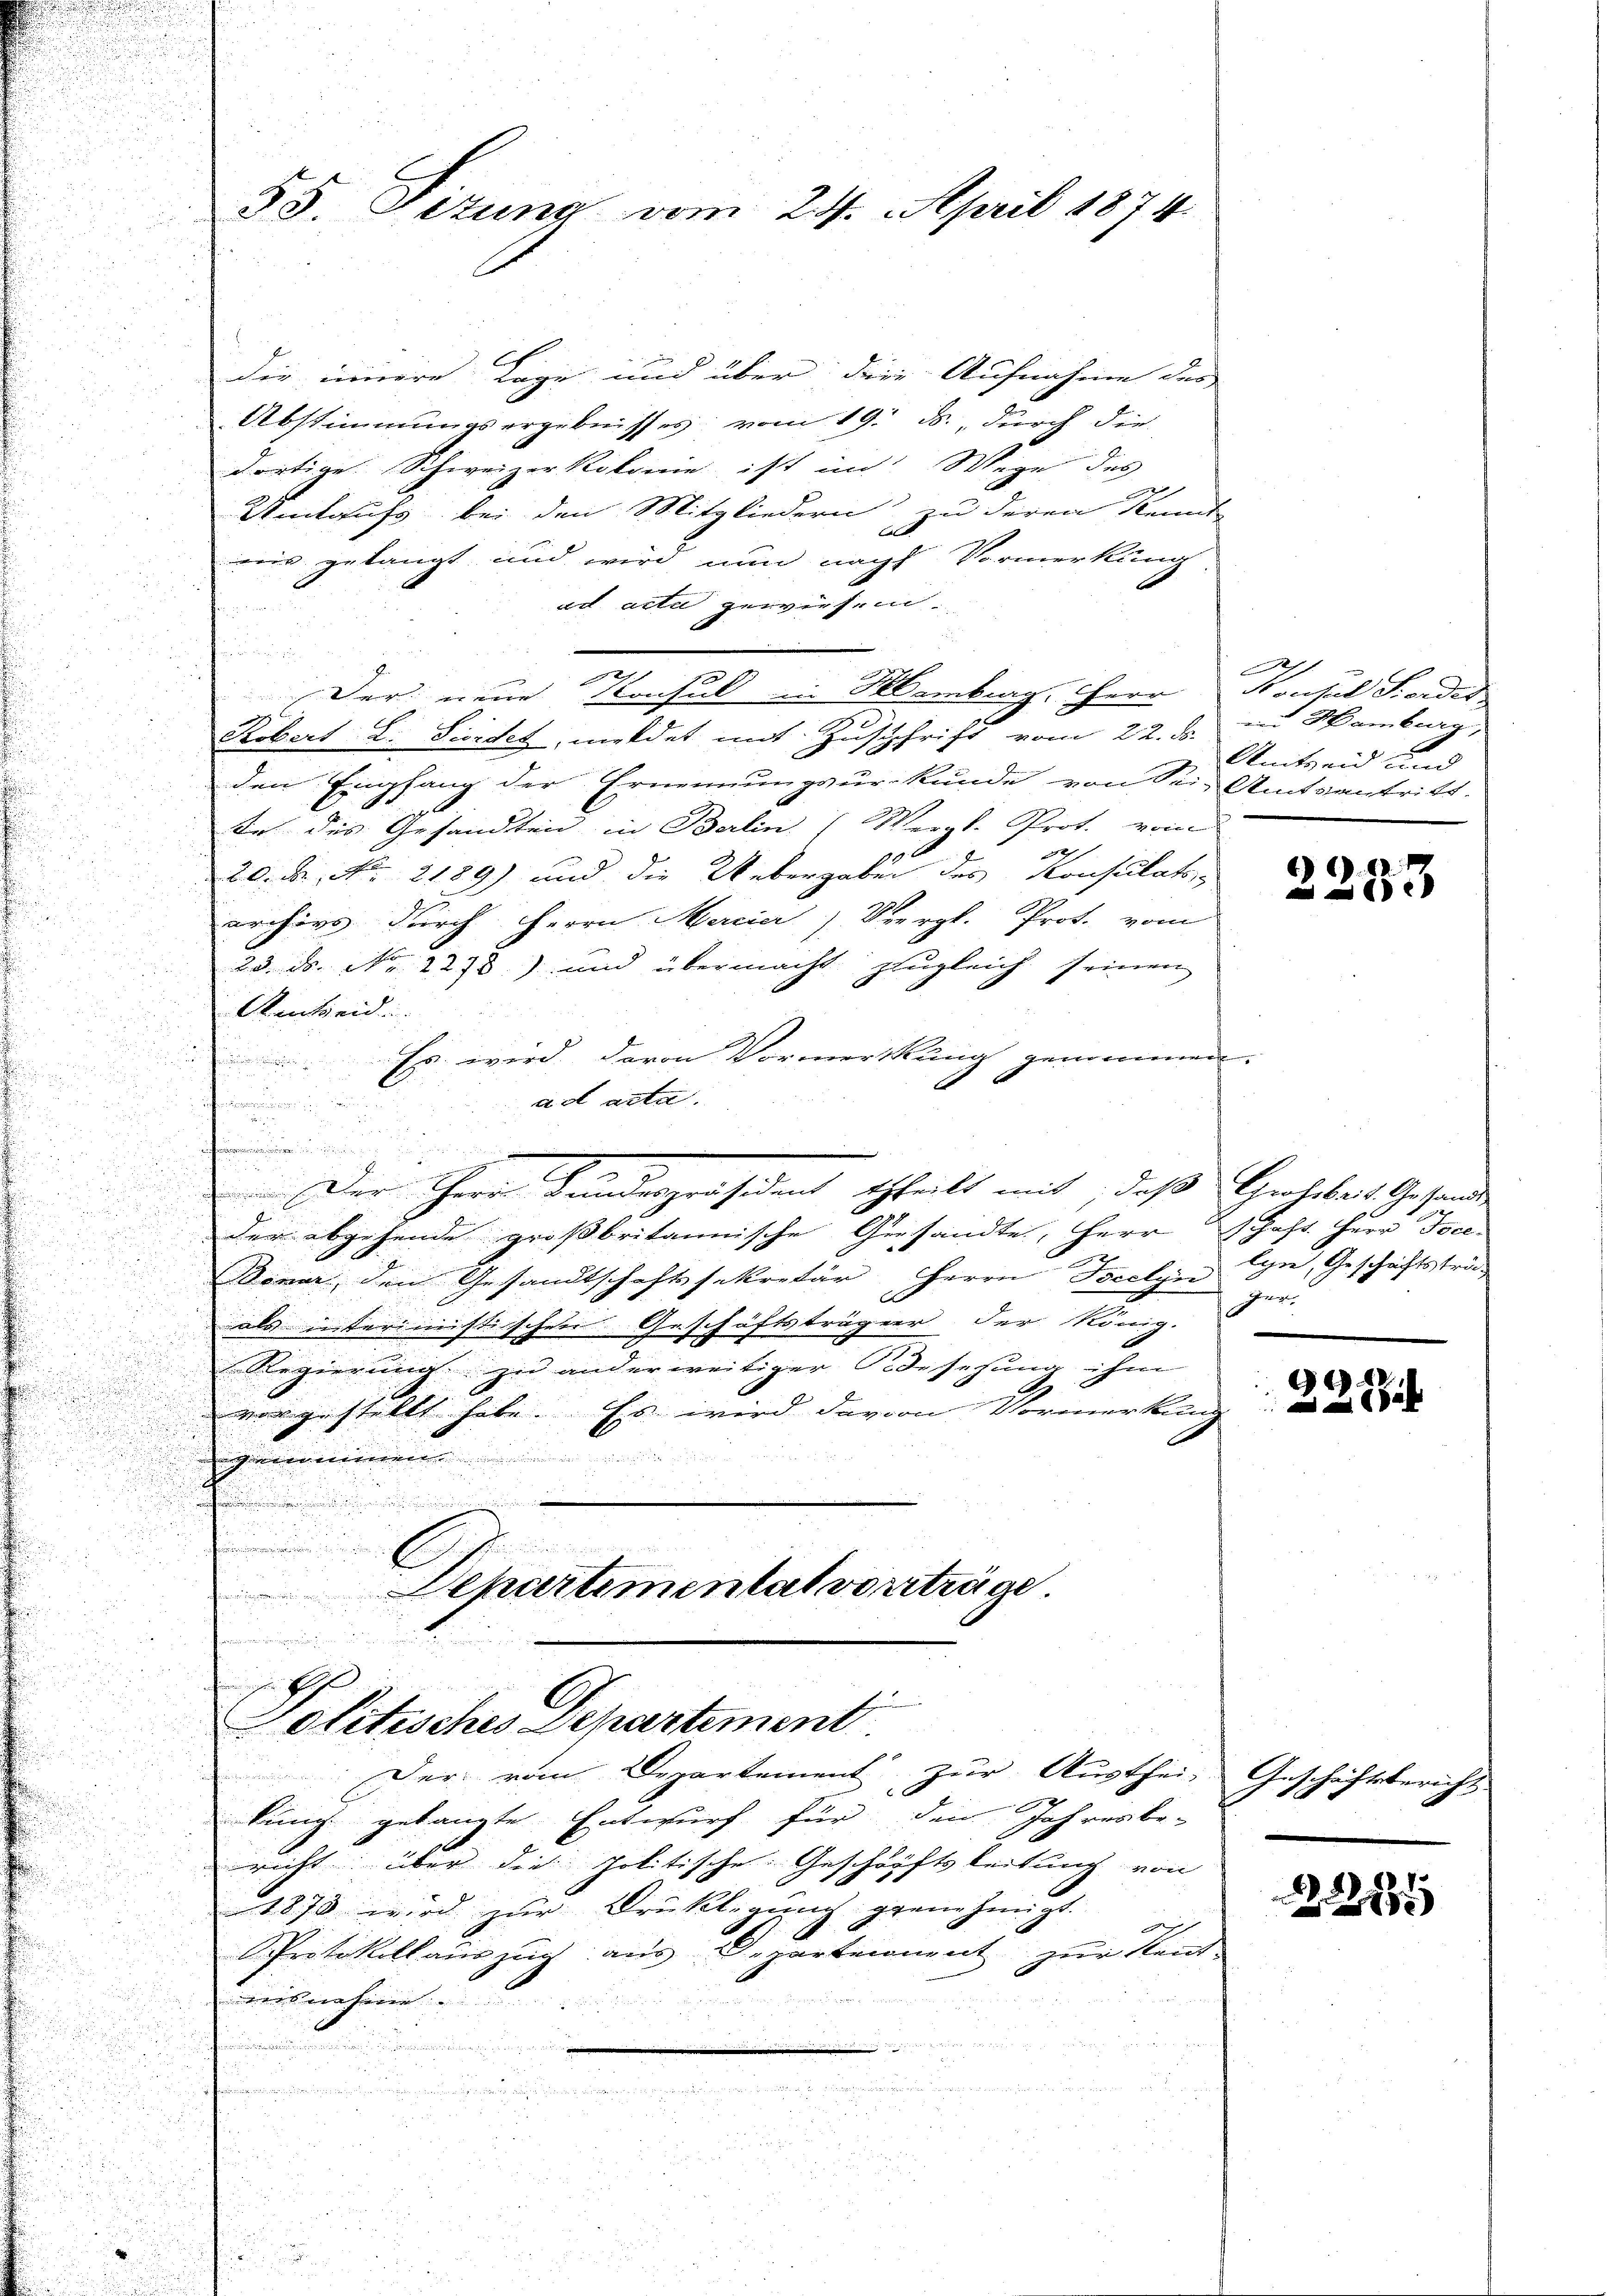
u

58. Situng vom 24. April 1874.

die innere Lage und über die Aufnahme des
Abstimmungsergebnisses vom 19. ds., durch die
dortige Schweizerkolonie, ist im Wege des
Umtguts bei den Mitgliedern zu deren Kennt
wis gelangt und wird nun nach Vormerkung
ad acta gewiesen.
d

1
Der neue Konsul in Membrag, Herr
2
Robert L. Sirdet, meldet mit Zuschrift vom 22. ds. in Hamburg,
den Empfang der Ernennungsurkunde von Sei- Amtsantritt.
te des Gesandten in Berlin (Vergl. Prot. vom
527 f
20. N. N. 2189) und die Uebergaben des Konsulats,
u

archivs durch Herrn Mercier) Vergl. Prot. vom
23. ds. Nr. 2278) und übermacht zugleich seinen
Aeneide
Es wird davon Vormerkung genommen.
h
x
ad acta.
.
e

Der Herrn Landespräsident theilt mit, daß Holbert Gesand

a

der abgehende großbritannische Gesandte, Herrschaft Herr Poce-
.
2
Denar, den Gesandtschaftssekretär Herrn Tocolye n, Geschäftsträ-
als interimistischen Geschäftsträger der König.

. Regierung zu anderweitiger Todesehung ihm
2
.
vorgestellt habe. Es wird davon Vormerkung

u
i

 Esche

Schartementat vorträge
f
.
Es
Politisches Departement

Der vom Departement zur Austhei-
kung gelangte Entwurf für den Jahresbe-
richt über die Politische Geschäftsleitung von
1873 wird zur Drucklegung genehmigt.
d
Protokollauszug aus Departement zur Kent-
isenheren

n
m
.

7.
Konsul Sierden
Amtsein und

2233

ger.

6
28 x

schäftsbericht

89